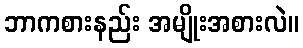
ဘာကစားနည်း အမျိုးအစားလဲ။